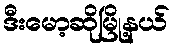
ဒီးမော့ဆိုမြို့နယ်